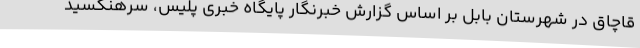
قاچاق در شهرستان بابل بر اساس گزارش خبرنگار پایگاه خبری پلیس، سرهنگسید